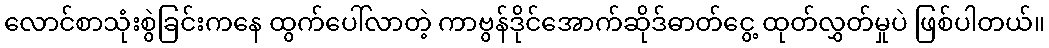
လောင်စာသုံးစွဲခြင်းကနေ ထွက်ပေါ်လာတဲ့ ကာဗွန်ဒိုင်အောက်ဆိုဒ်ဓာတ်ငွေ့ ထုတ်လွှတ်မှုပဲ ဖြစ်ပါတယ်။